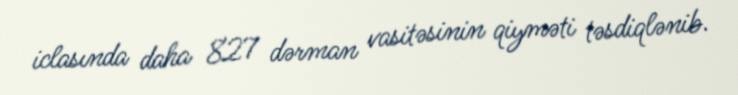
iclasında daha 827 dərman vasitəsinin qiyməti təsdiqlənib.